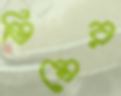
ভিমের